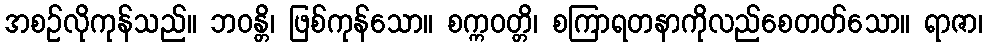
အစဉ်လိုကုန်သည်။ ဘဝန္တိ၊ ဖြစ်ကုန်သော။ စက္ကဝတ္တိ၊ စကြာရတနာကိုလည်စေတတ်သော။ ရာဇာ၊